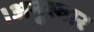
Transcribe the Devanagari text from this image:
।अनुस्वार